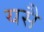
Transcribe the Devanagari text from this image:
यसै